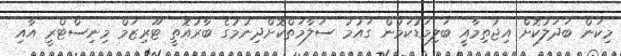
މިކަން ބަދަލުކޮށް އިޖުތިމާއީ ބަލިމަޑުކަމުން ގައުމު ސަލާމަތްކޮށްދިނުމުގެ ބާރުއޮތީ ޓޫރިޒަމް މިނިސްޓްރީ އާއި